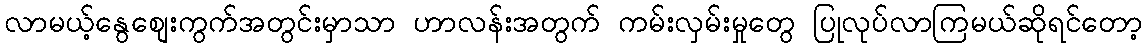
လာမယ့်နွေစျေးကွက်အတွင်းမှာသာ ဟာလန်းအတွက် ကမ်းလှမ်းမှုတွေ ပြုလုပ်လာကြမယ်ဆိုရင်တော့